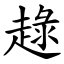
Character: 趢